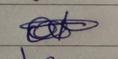
Signature authenticity: forged